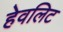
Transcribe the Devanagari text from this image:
हेवलिट